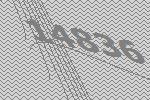
14836